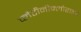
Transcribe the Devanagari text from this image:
प्लैटीनीक्लोराइड